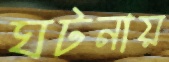
ঘটনায়